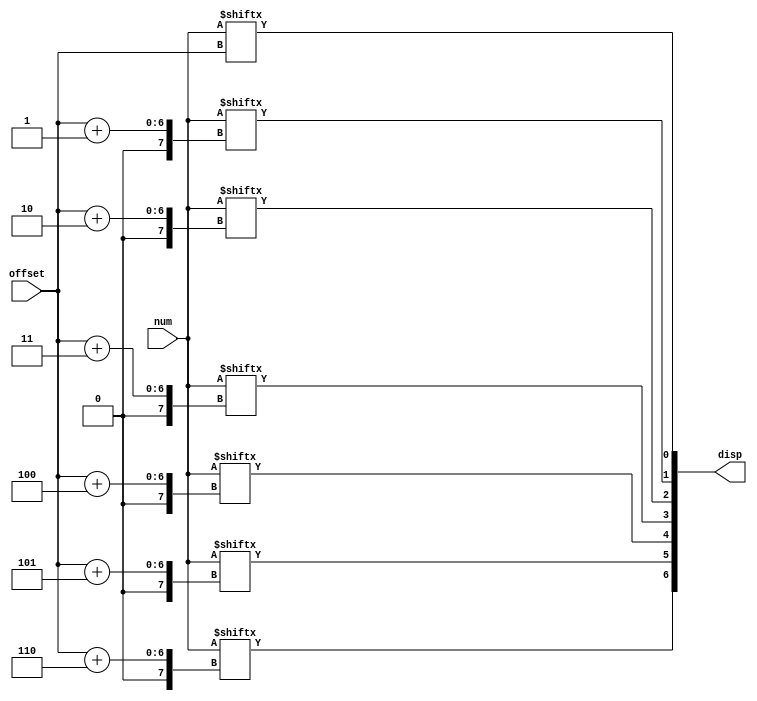
module dispraw(
	/**
	 * The register containing raw bitmaps of characters.
	 */
	input [447:0] num,
	/**
	 * The offset in bits from which to extract the character bitmap, counting from the LSB.
	 */
	input [5:0] offset,
	/**
	 * The seven segment display to write the bitmap onto.
	 */
	output reg [6:0] disp
);
	// on `num` value change
	always @(num) begin
		// update current display with a 7 bit bitmap from `num`
		disp = { num[offset + 6], num[offset + 5], num[offset + 4],
			num[offset + 3], num[offset + 2], num[offset + 1], num[offset] };
	end
endmodule